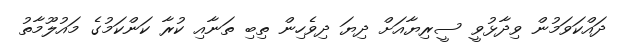
ދައްކަވަމުން ވިދާޅުވީ ސީރިޔާއަށް ދިޔަ ދިވެހިން ތިބި ތަނާއި ކުރާ ކަންކަމުގެ މައުލޫމާތު